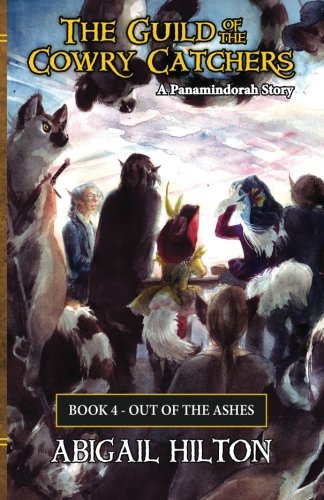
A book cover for The Guild of the Cowry Catchers, Book 4: Out of the Ashes; Abigail Hilton; Science Fiction & Fantasy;